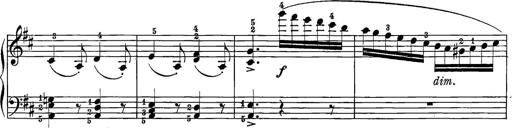
Title: 12 Sonatine per Pianoforte
Composer: Friedrich Kuhlau